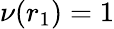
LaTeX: \nu(r_{1})=1